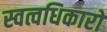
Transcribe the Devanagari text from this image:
स्वत्वधिकारों